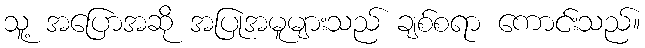
သူ့ အပြောအဆို အပြုအမူများသည် ချစ်စရာ ကောင်းသည်။